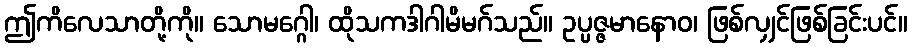
ဤကိလေသာတို့ကို။ သောမဂ္ဂေါ၊ ထိုသကဒါဂါမိမဂ်သည်။ ဥပ္ပဇ္ဇမာနောဝ၊ ဖြစ်လျှင်ဖြစ်ခြင်းပင်။